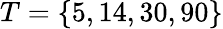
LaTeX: T=\{ 5,14,30,90\}